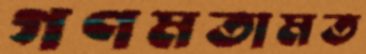
গণমতামত